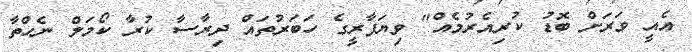
އެއީ ވަރަށް ބޮޑު ކުރިއެރުމެއް" ވިޔަފާރީގެ ހަބަރުތައް ދިރާސާ ކުރާ ކޯމަލް ނެހްތާ